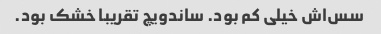
سس‌اش خیلی کم بود. ساندویچ تقریبا خشک بود.